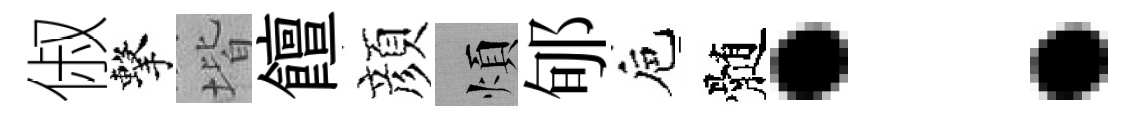
俶擊堦饘顔煩郇巵髄：